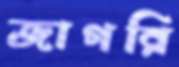
জাগরি